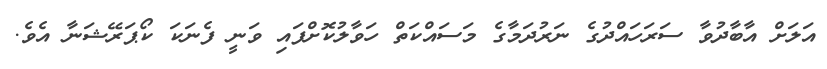
އަލަށް އާބާދުވާ ސަރަހައްދުގެ ނަރުދަމާގެ މަސައްކަތް ހަވާލުކޮށްފައި ވަނީ ފެނަކަ ކޯޕަރޭޝަނާ އެވެ.